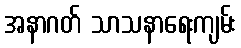
အနာဂတ် သာသနာရေးကျမ်း